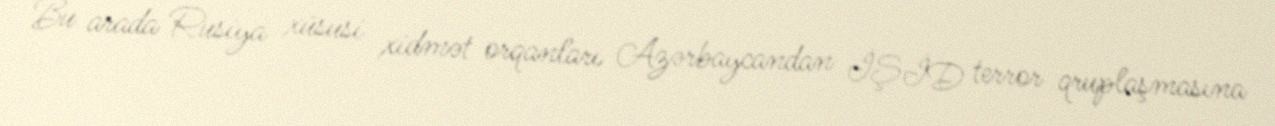
Bu arada Rusiya xüsusi xidmət orqanları Azərbaycandan İŞİD terror qruplaşmasına